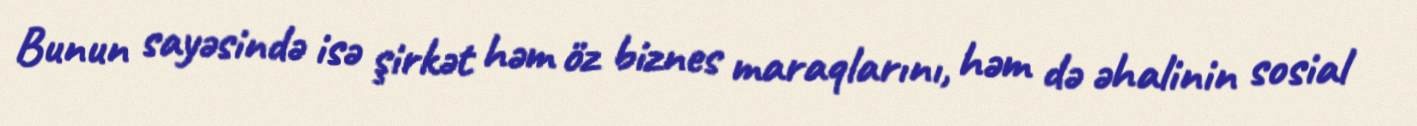
Bunun sayəsində isə şirkət həm öz biznes maraqlarını, həm də əhalinin sosial